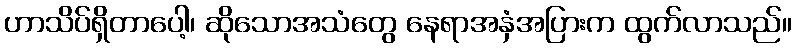
ဟာသိပ်ရှိတာပေါ့၊ ဆိုသောအသံတွေ နေရာအနှံအပြားက ထွက်လာသည်။